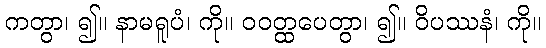
ကတွာ၊ ၍။ နာမရူပံ၊ ကို။ ဝဝတ္ထပေတွာ၊ ၍။ ဝိပဿနံ၊ ကို။